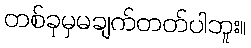
တစ်ခုမှမချက်တတ်ပါဘူး။